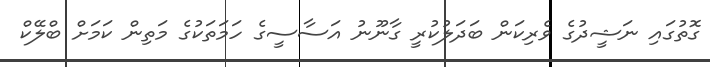
ގޮތުގައި ނަޝީދުގެ ވެރިކަން ބަދަލުކުރީ ގާނޫނު އަސާސީގެ ހަމަތަކުގެ މަތިން ކަމަށް ބްލޭކް